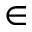
\in